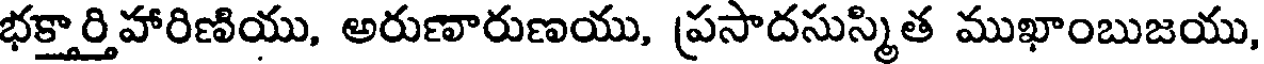
భక్తార్తిహారిణియు, అరుణారుణయు, ప్రసాదసుస్మిత ముఖాంబుజయు,